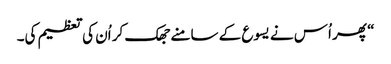
‏“‏ پھر اُس نے یسوع کے سامنے جھک کر اُن کی تعظیم کی۔